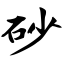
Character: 砂